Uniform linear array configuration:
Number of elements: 32
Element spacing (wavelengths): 1
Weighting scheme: kaiser
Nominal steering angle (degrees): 45
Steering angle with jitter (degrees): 46.885
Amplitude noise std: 0.05
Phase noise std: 0.05

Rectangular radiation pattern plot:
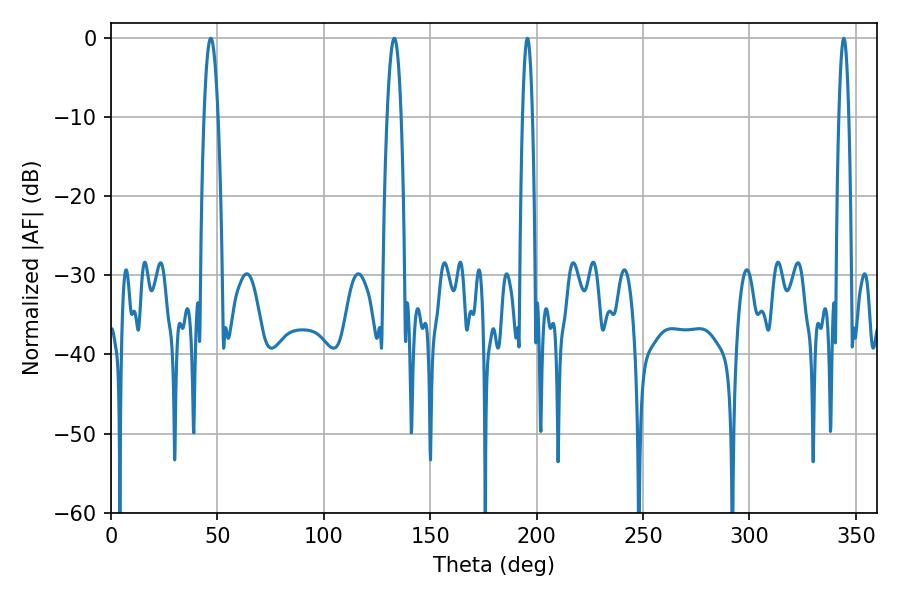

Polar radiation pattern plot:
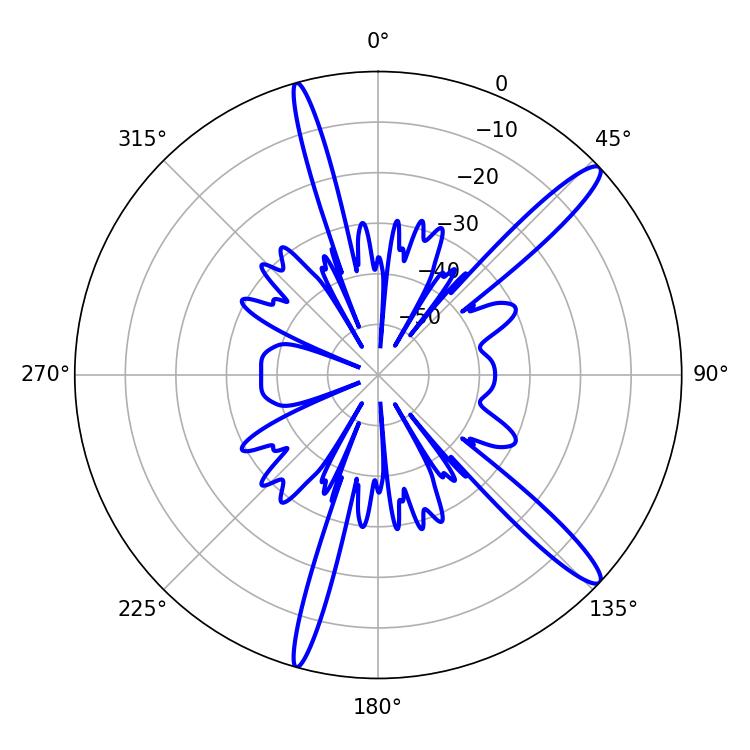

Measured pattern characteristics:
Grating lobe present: TRUE
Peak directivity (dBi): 14.314
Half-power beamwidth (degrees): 2.52
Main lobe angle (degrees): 195.66